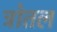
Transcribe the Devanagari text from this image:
त्रोतल